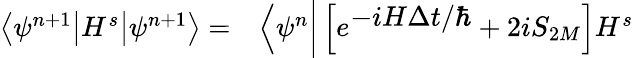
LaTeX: \begin{array}{ll}{\left\langle\psi^{n+1}\big|H^{s}\big|\psi^{n+1}\right\rangle=}&{\left\langle\psi^{n}\bigg|\left[e^{\textstyle-iH\Delta t/\hbar}+2iS_{2M}\right]H^{s}\right.}\end{array}